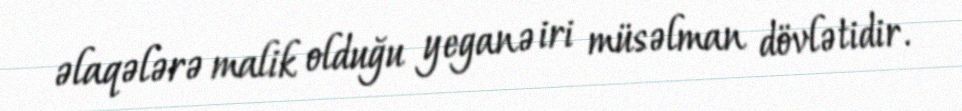
əlaqələrə malik olduğu yeganə iri müsəlman dövlətidir.